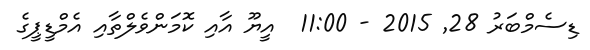
ޑިސެމްބަރު 28